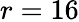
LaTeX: r=16